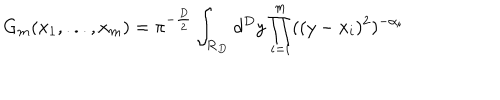
LaTeX: G _ { m } ( x _ { 1 } , . . . , x _ { m } ) = \pi ^ { - \frac { D } { 2 } } \int _ { \bf { R } _ { D } } d ^ { D } y \prod _ { i = i } ^ { m } ( ( y - x _ { i } ) ^ { 2 } ) ^ { - \alpha _ { i } }